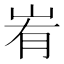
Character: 峟